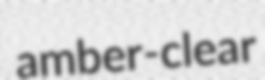
amber-clear